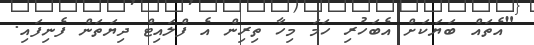
"އެތައް ބަޔަކަށް އެބަހުރި ހަމަ މިހާ ތިރިން އެ ފްލައިޓް ދިޔަތަން ފެނިފައި.